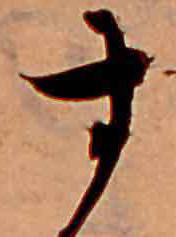
す